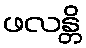
ဖလန္တိ